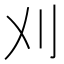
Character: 刈